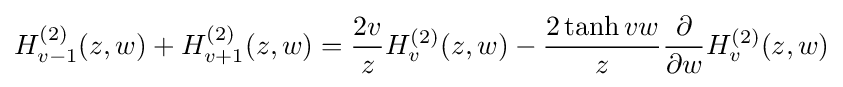
H_{v-1}^{(2)}(z,w)+H_{v+1}^{(2)}(z,w)={\dfrac {2v}{z}}H_{v}^{(2)}(z,w)-{\dfrac {2\tanh vw}{z}}{\dfrac {\partial }{\partial w}}H_{v}^{(2)}(z,w)